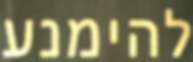
להימנע